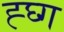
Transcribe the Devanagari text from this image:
ह्घ्ग